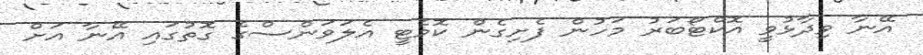
އޭނާ ވިދާޅުވީ އޮކްޓޯބަރު މަހުން ފެށިގެން ކޮމެޓީ އެލަވަންސްގެ ގޮތުގައި އޭނާ އަށް